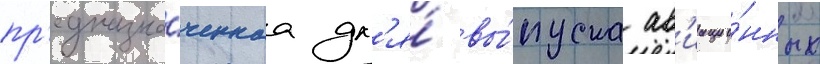
пр'едназна́ченнаа дл'я́ вы́пуска ав'иацио́нных